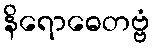
နိရောဓေတဗ္ဗံ